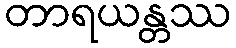
တာရယန္တဿ